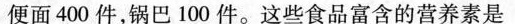
便面400件，锅巴100件。这些食品富含的营养素是